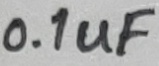
Text: 0.1uF